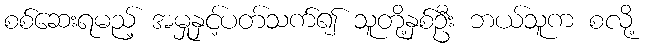
စစ်ဆေးရမည့် အမှုနှင့်ပတ်သက်၍ သူတို့နှစ်ဦး ဘယ်သူက စလို့